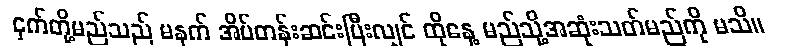
ငှက်တို့မည်သည် မနက် အိပ်တန်းဆင်းပြီးလျှင် ထိုနေ့ မည်သို့အဆုံးသတ်မည်ကို မသိ။